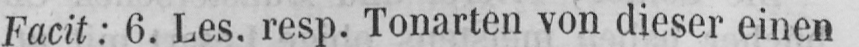
Facit: 6. Les. resp. Tonarten von dieser einen